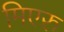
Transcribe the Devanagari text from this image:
मिएरु